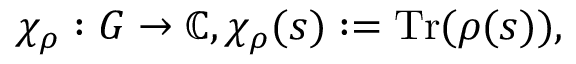
\chi _ { \rho } : G \to \mathbb { C } , \chi _ { \rho } ( s ) : = { \mathrm { T r } } ( \rho ( s ) ) ,